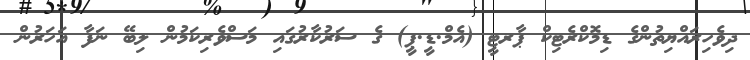
ދިވެހިރައްޔިތުންގެ ޑިމޮކްރެޓިކް ޕާރޓީ (އެމް.ޑީ.ޕީ) ގެ ސަރުކާރުގައި މަސްވެރިކަމުން ލިބޭ ނަފާ އަހަރުން